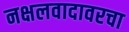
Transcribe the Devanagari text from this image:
नक्षलवादावरचा